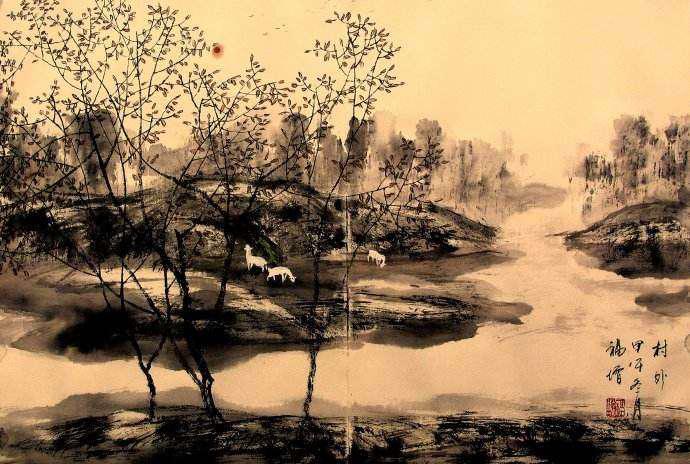
云开汶水孤帆远，路绕梁山匹马迟。